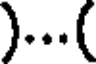
)...(